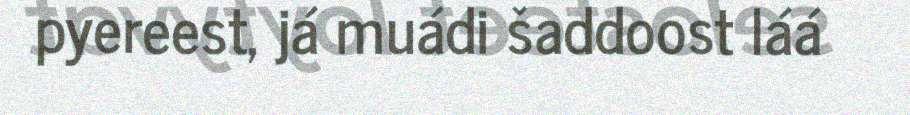
pyereest, já muádi šaddoost láá